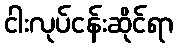
ငါးလုပ်ငန်းဆိုင်ရာ